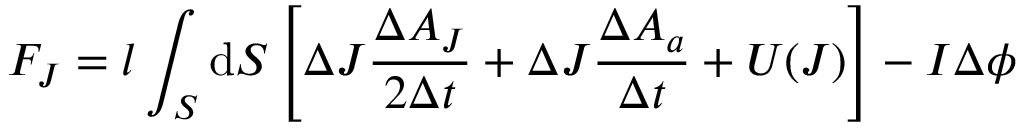
F _ { J } = l \int _ { S } \mathrm { d } S \left[ \Delta J \frac { \Delta A _ { J } } { 2 \Delta t } + \Delta J \frac { \Delta A _ { a } } { \Delta t } + U ( J ) \right] - I \Delta \phi